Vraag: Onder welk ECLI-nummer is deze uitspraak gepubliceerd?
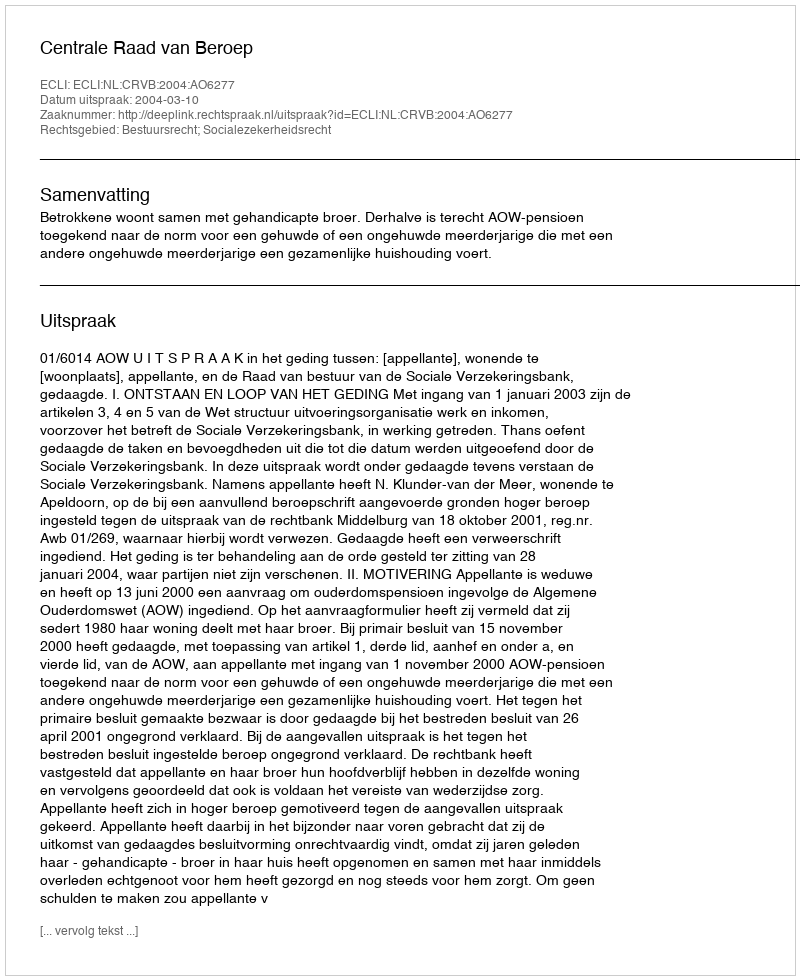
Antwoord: ECLI:NL:CRVB:2004:AO6277